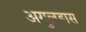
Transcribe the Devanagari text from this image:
अगुलहास